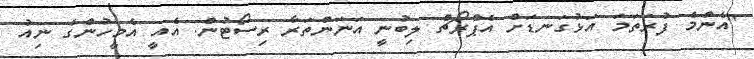
"އެންމެ ފުރަތަމަ އަޅުގަނޑަށް އެޕްރޯޗް ލިބުނީ އަނަންތަރާ ރިސޯޓުން. އެއީ އެމީހުންގެ ނިއު